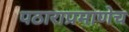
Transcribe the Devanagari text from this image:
पठाराप्रमाणेच